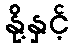
နို့နှင့်